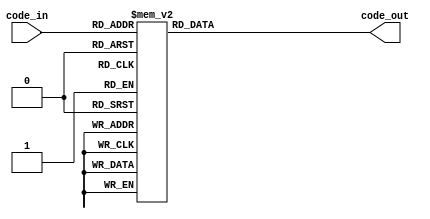
`timescale 1ns / 1ps
//////////////////////////////////////////////////////////////////////////////////
// Company: 
// Engineer: 
// 
// Design Name: 
// Module Name:    decoder_3_8 
// Project Name: 
// Target Devices: 
// Tool versions: 
// Description: 
//
// Dependencies: 
//
// Revision: 
// Revision 0.01 - File Created
// Additional Comments: 
//
//////////////////////////////////////////////////////////////////////////////////
module decoder_3_8(
    input [2:0] code_in,
    output reg [7:0] code_out
    );

always @(code_in)
  case (code_in)
     3'b000: code_out =8'b00000001;
     3'b001: code_out =8'b00000010;
     3'b010: code_out =8'b00000100;
     3'b011: code_out =8'b00001000;
	  3'b100: code_out =8'b00010000;
     3'b101: code_out =8'b00100000;
     3'b110: code_out =8'b01000000;
     3'b111: code_out =8'b10000000;
	  endcase

endmodule